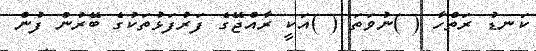
ކަނޑު ރަތްހާ ( )ނުވަތަ ( )އަކީ ރާއްޖޭގެ ފަރުފަޅުތަކުގެ ބޭރުން ފުން